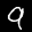
Label: 9